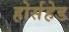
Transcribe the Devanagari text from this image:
होर्सहेड